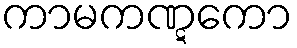
ကာမကဏ္ဋကော